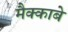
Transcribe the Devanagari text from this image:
मैक्काबे